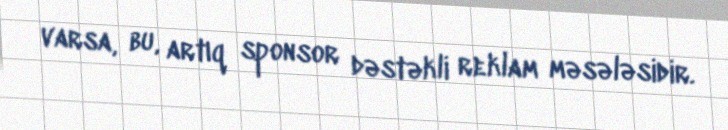
varsa, bu, artıq sponsor dəstəkli reklam məsələsidir.